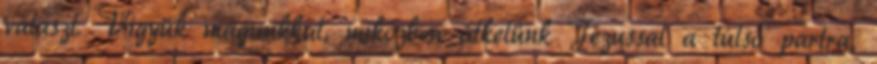
választ. Vigyük magunkkal, miközben átkelünk Jézussal a túlsó partra,